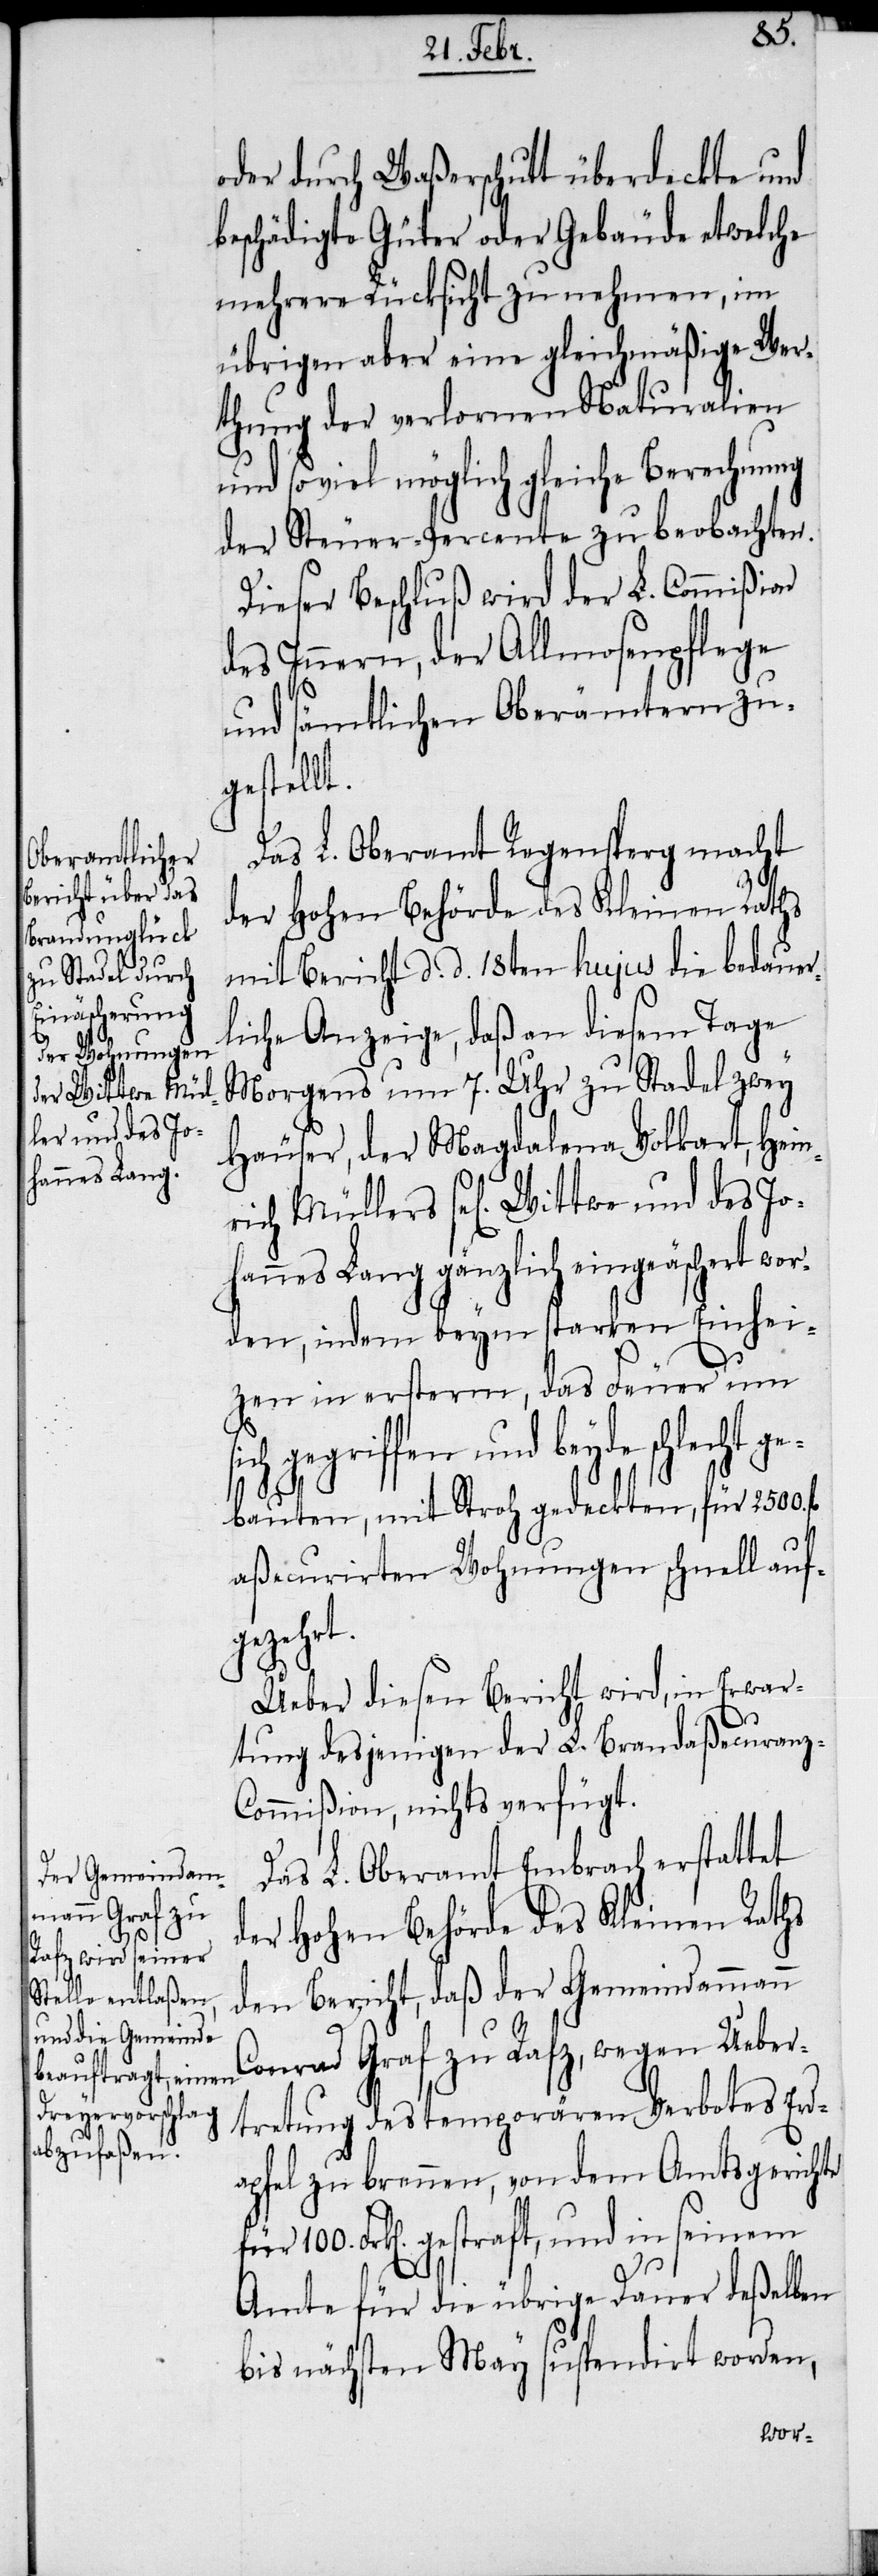
oder durch Waßerschutt überdeckte und
beschädigte Güter oder Gebäude etwelche
mehrere Rücksicht zu nehmen, im
übrigen aber eine gleichmäßige Wer¬
thung der verlornen Naturalien
und soviel möglich gleiche Berechnung
der Steuer-Percente zu beobachten.
Dieser Beschluß wird der L. Commißion
des Innern, der Allmosenpflege
und sämtlichen Oberämtern zu¬
gestellt.
Das L. Oberamt Regensperg macht
der Hohen Behörde des Kleinen Raths
mit Bericht d. d.18ten hujus die bedauer¬
liche Anzeige, daß an diesem Tage
Morgens um 7. Uhr zu Stadel zwey
Häuser, der Magdalena Volkart, Hein¬
rich Müllers sel[ig] Wittwe und des Jo¬
hannes Lang gänzlich eingeäschert wor¬
den, indem beym starken Einhei¬
zen in ersterm, das Feuer um
gegriffen und beyde schlecht ge¬
bauten, mit Stroh gedeckten, für 2500.
aßecurirten Wohnungen schnell auf¬
gezehrt.
Ueber diesen Bericht wird, in Erwar¬
tung desjenigen der L. Brandaßecuranz-C¬
ommißion, nichts verfügt.
Das L. Oberamt Embrach erstattet
der Hohen Behörde des Kleinen Raths
den Bericht, daß der Gemeindammann
Conrad Graf zu Rafz, wegen Ueber¬
tretung des temporären Verbotes Erd¬
apfel zu brennen, von dem Amtsgerichte
Frk[en]. gestraft, und in seinem
Amte für die übrige Dauer deßelben
bis nächsten May suspendirt worden,